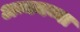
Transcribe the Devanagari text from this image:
अन्नमय्या